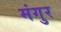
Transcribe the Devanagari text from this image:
मंगुर